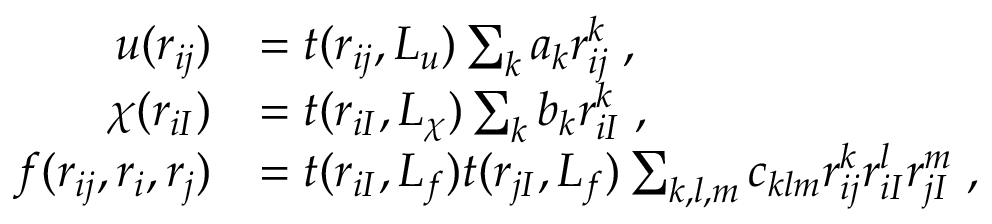
\begin{array} { r l } { u ( r _ { i j } ) } & { = t ( r _ { i j } , L _ { u } ) \sum _ { k } a _ { k } r _ { i j } ^ { k } \; , } \\ { \chi ( r _ { i I } ) } & { = t ( r _ { i I } , L _ { \chi } ) \sum _ { k } b _ { k } r _ { i I } ^ { k } \; , } \\ { f ( r _ { i j } , r _ { i } , r _ { j } ) } & { = t ( r _ { i I } , L _ { f } ) t ( r _ { j I } , L _ { f } ) \sum _ { k , l , m } c _ { k l m } r _ { i j } ^ { k } r _ { i I } ^ { l } r _ { j I } ^ { m } \; , } \end{array}